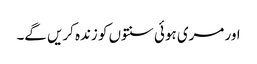
اور مری ہوئی سنتوں کو زندہ کریں گے۔